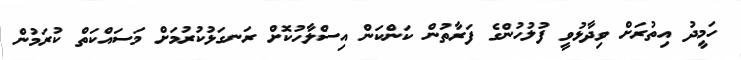
ހަމީދު އިތުރަށް ވިދާޅުވީ ފުލުހުންގެ ފަރާތުން ކަންކަން އިސްލާހުކޮށް ރަނގަޅުކުރުމަށް މަސައްކަތް ކުރަމުން